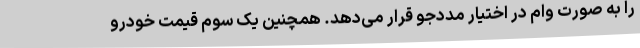
را به صورت وام در اختیار مددجو قرار می‌دهد. همچنین یک سوم قیمت خودرو